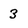
Character: 3